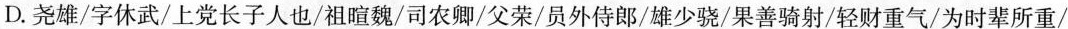
D.尧雄/字休武/上党长子人也/祖暄魏/司农卿/父荣/员外侍郎/雄少骁/果善骑射/轻财重气/为时辈所重/